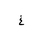
Letter: _gayn